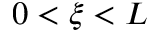
0 < \xi < L